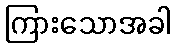
ကြားသောအခါ